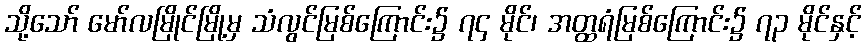
သို့သော် မော်လမြိုင်မြို့မှ သံလွင်မြစ်ကြောင်း၌ ၇၄ မိုင်၊ အတ္ထရံမြစ်ကြောင်း၌ ၇၃ မိုင်နှင့်